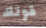
قوتك